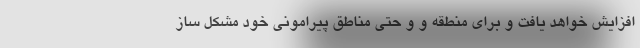
افزایش خواهد یافت و برای منطقه و و حتی مناطق پیرامونی خود مشکل ساز